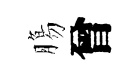
膓曾